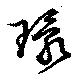
環